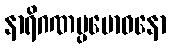
နာရိဂဏပ္ပဗောဓနော